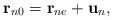
LaTeX: \begin{align*}{\bf r}_{n0}={\bf r}_{ne}+{\bf u}_{n}, \end{align*}